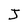
Character: J